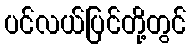
ပင်လယ်ပြင်တို့တွင်